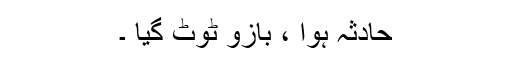
حادثہ ہوا ، بازو ٹوٹ گیا ۔